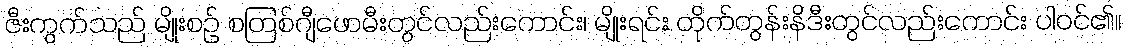
ဇီးကွက်သည် မျိုးစဉ် စတြစ်ဂျီဖောမီးတွင်လည်းကောင်း၊ မျိုးရင်း တိုက်တွန်းနိဒီးတွင်လည်းကောင်း ပါဝင်၏။